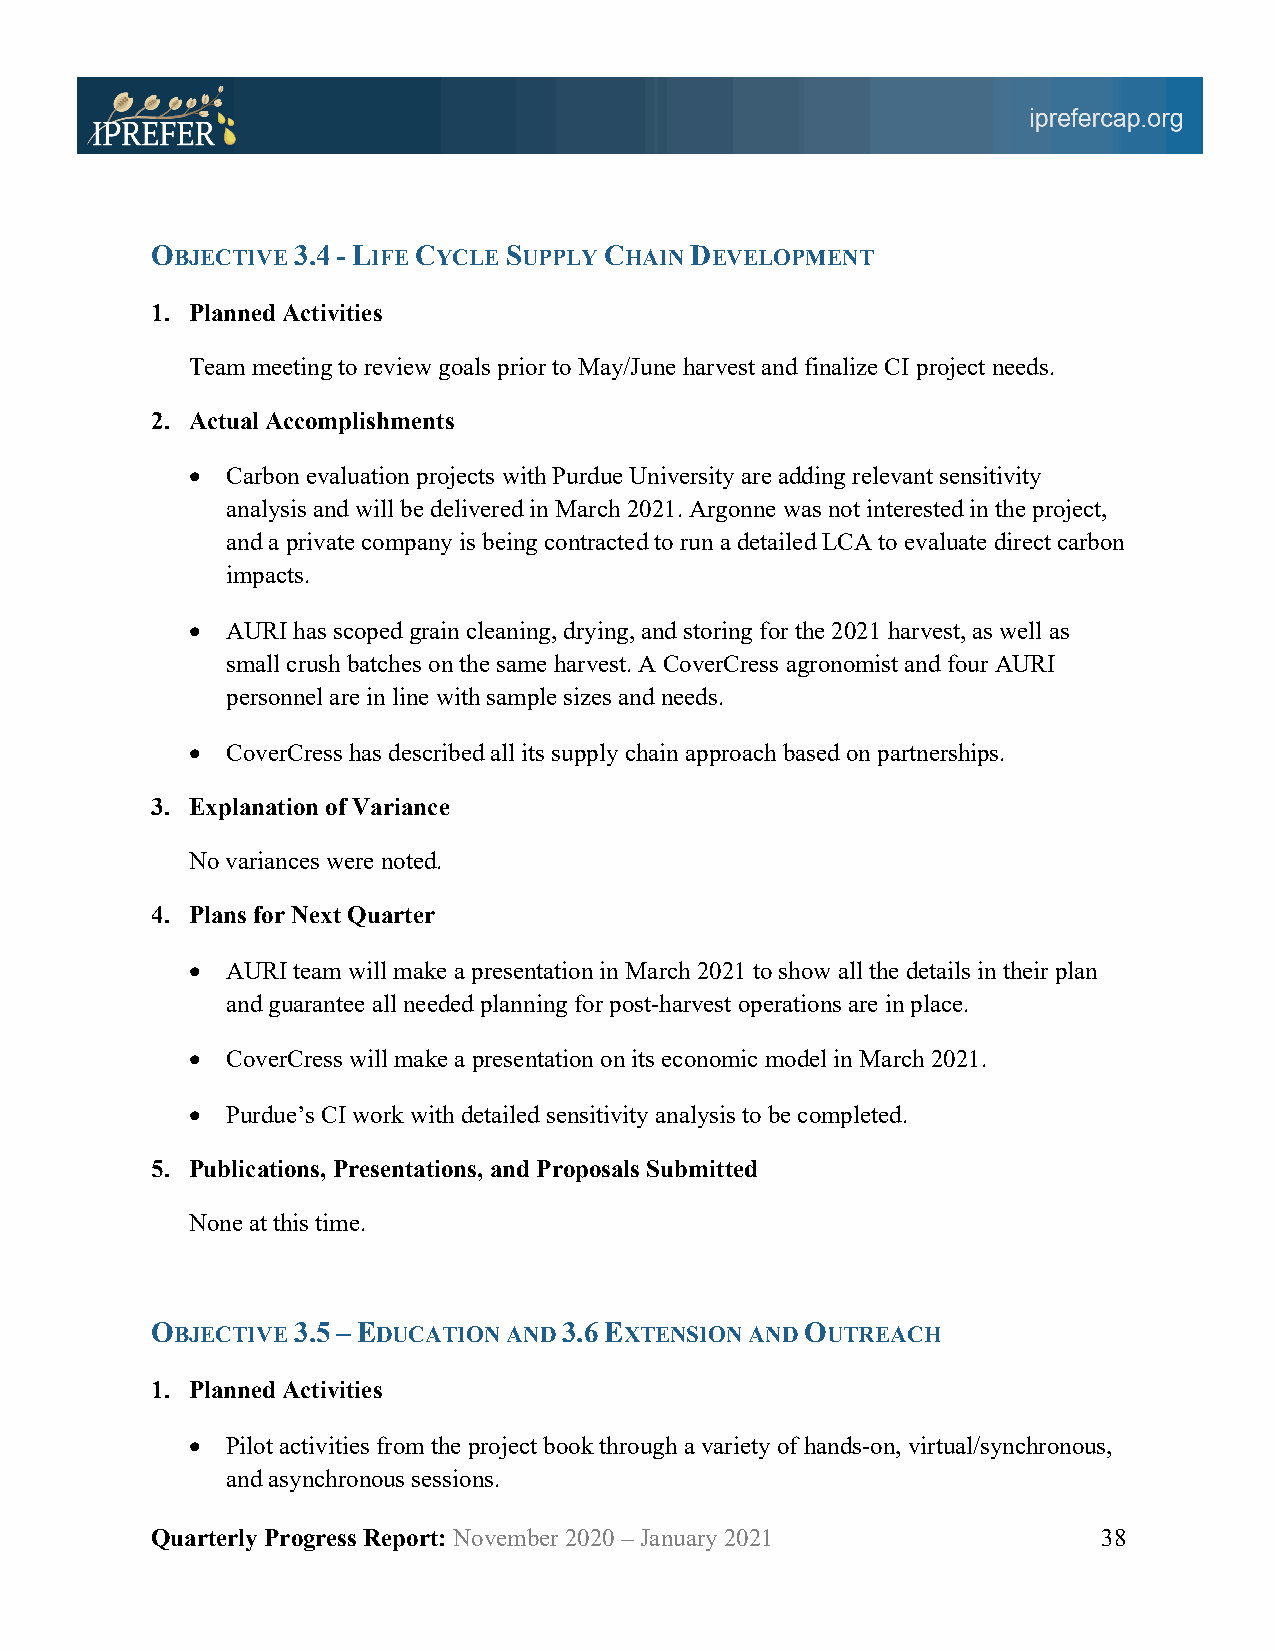
OBJECTIVE 3.4 - LIFE CYCLE SUPPLY CHAIN DEVELOPMENT
 1. Planned Activities
 Team meeting to review goals prior to May/June harvest and finalize CI project needs.
 2. Actual Accomplishments
 •  Carbon evaluation projects with Purdue University are adding relevant sensitivity
 analysis and will be delivered in March 2021. Argonne was not interested in the project,
 and a private company is being contracted to run a detailed LCA to evaluate direct carbon
 impacts.
 •  AURI has scoped grain cleaning, drying, and storing for the 2021 harvest, as well as
 small crush batches on the same harvest. A CoverCress agronomist and four AURI
 personnel are in line with sample sizes and needs.
 •  CoverCress has described all its supply chain approach based on partnerships.
 3. Explanation of Variance
 No variances were noted.
 4. Plans for Next Quarter
 •  AURI team will make a presentation in March 2021 to show all the details in their plan
 and guarantee all needed planning for post-harvest operations are in place.
 •  CoverCress will make a presentation on its economic model in March 2021.
 •  Purdue’s CI work with detailed sensitivity analysis to be completed.
 5. Publications, Presentations, and Proposals Submitted
 None at this time.
 OBJECTIVE 3.5 – EDUCATION AND 3.6 EXTENSION AND OUTREACH
 1. Planned Activities
 •  Pilot activities from the project book through a variety of hands-on, virtual/synchronous,
 and asynchronous sessions.
 Quarterly Progress Report: November 2020 – January 2021        38